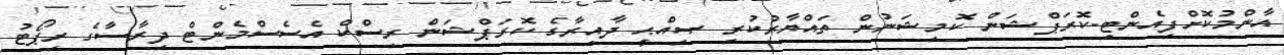
އާންމުކޮށްފިއެންޓި-ކޮރަޕްޝަން ކޮމިޝަނުން ތައްޔާރުކުރި ޞިއްޙީ ދާއިރާގެ ކޮރަޕްޝަން ރިސްކް އެސެސްމެންޓް ދިރާސާގެ ރިޕޯޓު